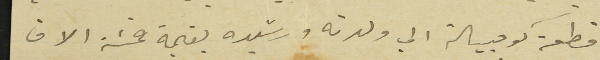
قطعة كومبيالة الي ولدته رشيده بقيمة خمسَة الاف